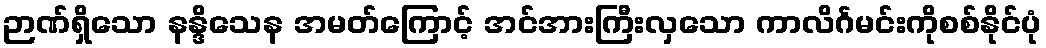
ဉာဏ်ရှိသော နန္ဒိသေန အမတ်ကြောင့် အင်အားကြီးလှသော ကာလိင်္ဂမင်းကိုစစ်နိုင်ပုံ